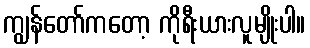
ကျွန်တော်ကတော့ ကိုရီးယားလူမျိုးပါ။